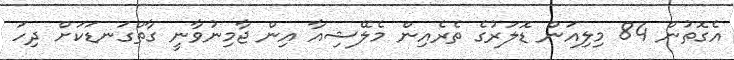
އެގޮތުން 84 މިލިއަން ޑޮލަރުގެ ތެރެއިން މެލޭޝިއާ އިން ޖާމިނުވާނީ ގާތްގަނޑަކަށް ދިހަ